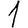
Digit: 1